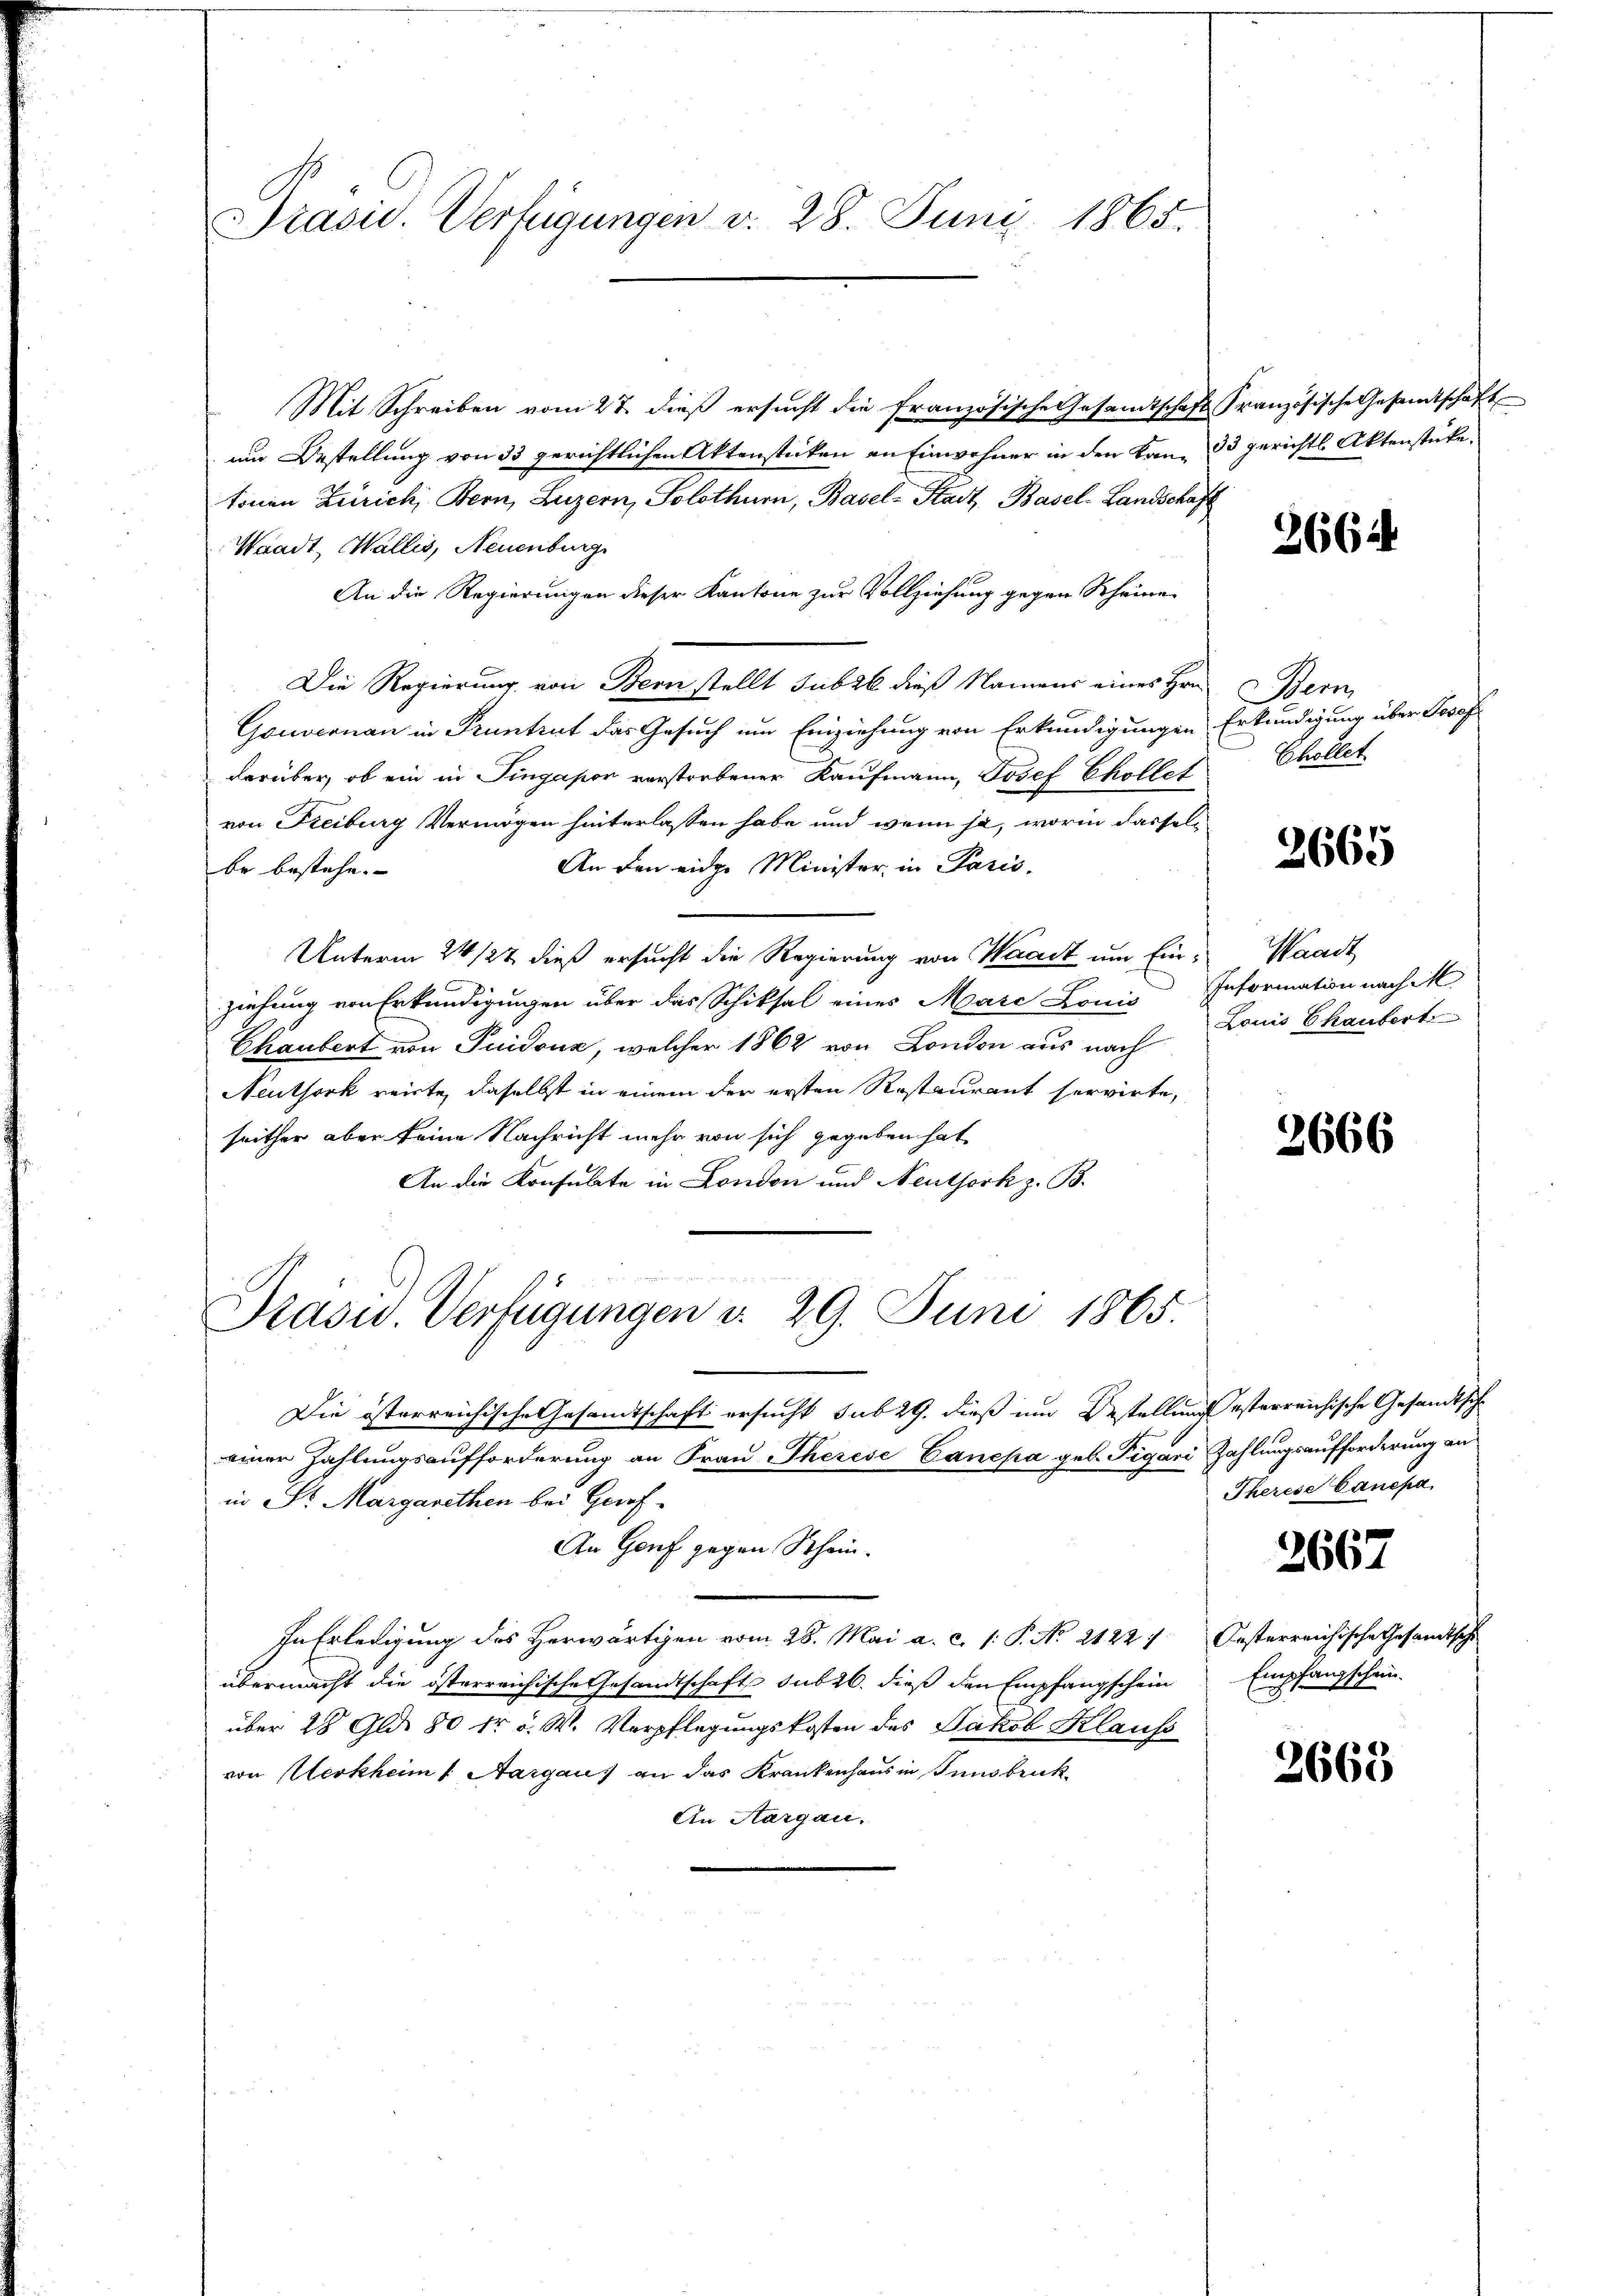
Prasid. Verfügungen v. 28. Juny. 1865.

Mit Schreiben vom 27. dieß ersucht die französische Gesandtschaft Französische Gesamtschaft
um Bestellung von 33 gerichtlichen Aktenstücken an Einwohner in den Kan- 33 gerichtl. Aktenstücke.
tonen Zürich, Bern, Luzern, Solothurn, Basel-Stadt, Basel-Landschaft
Waadt, Wallis, Neuenburg
An die Regierungen dieser Kantone zur Vollziehung gegen Scheine
Die Regierung von Bern stellt Jubel dieß Namens eines Hrn.
Gonoconau in Pruntrut das Gesuch um Einziehung von Erkundigungen
darüber, ob ein in Pingapor verstorbener Kaufmann, Josef Ekollet
von Freiburg Vermögen hinterlassen habe und wenn ja, worin dassel¬
An den eidge Minister, in Paris
be bestehe.
Unterm 24. 127 dieß ersucht die Regierung von Waadt um Ein- Waadt
ziehung von Erkundigungen über das Schiksal eines Marc Lonis Information nach M
Chaubert von Puidonz, welcher 1862 von London aus nach Louis Chaubert
Neuthork reiste, daselbst in einem der ersten Restaurant servirte,
seither aber keine Nachricht mehr von sich gegeben hat,
An die Konsulate in London und Neuthork z. B.
Prasus. Verfügungen v. 29. Juni 1865.

Die österreichische Gesamtschaft ersucht sub 29. dieß um Bestellung esterreichische Gesandtsche
einer Zahlungsaufforderung an Frau Therese Canepa geb. Pigari Zahlungsaufforderung an
in Sr. Margarethen bei Gerof¬
An Genf gegen Schein¬
In Erledigung des Herwärtigen vom 28. Mai a. c. 1: P. No 2122 1 Oesterreichische Gesandtschi
übermacht die österreichische Gesandtschaft sub 26. dieß den Empfangschein
über 28 Gld. 80 kr. v. W. Verpflegungskosten des Jakob Klauss
von Merkheim 1. Aargaus an das Krankenhaus in Innsbruck
An Aargau.

3662

Bern
Erkundigung über Josef
Ehollet

2665

2666

Therese Canépa

2667

Empfangschein

2663